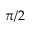
\pi / 2